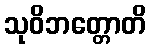
သုဝိဘတ္တောတိ